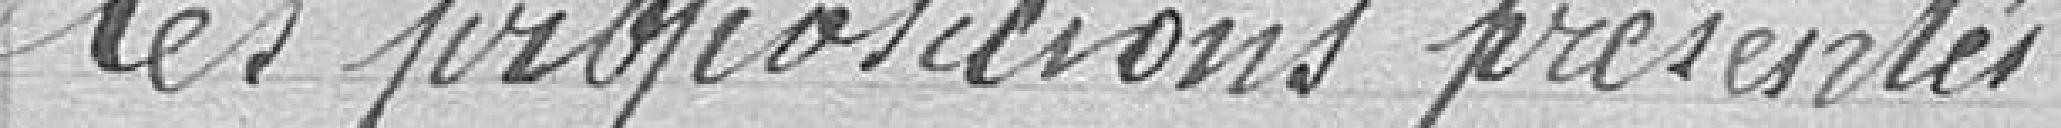
les propositions présentées.